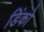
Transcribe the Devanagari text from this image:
डिंको